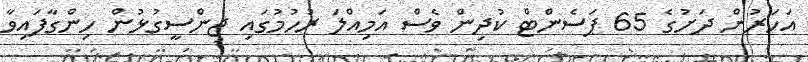
އަހަރުން ދަށުގެ 65 ޕަސެންޓް ކުދިން ވެސް އަމިއްލަ ރުހުމުގައި ޖިންސީގުޅުން ހިންގާފައިވާ